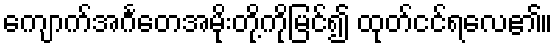
ကျောက်အင်္ဂတေအမိုးတို့ကိုမြင်၍ ထုတ်ငင်ရလေ၏။